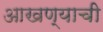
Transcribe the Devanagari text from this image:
आखण्याची